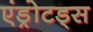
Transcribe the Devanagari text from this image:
एंड्रोटड्स